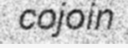
cojoin